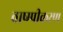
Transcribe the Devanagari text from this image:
वाष्म्पीकरण